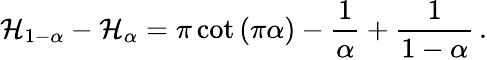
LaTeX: \mathcal{H}_{1-\alpha}-\mathcal{H}_{\alpha}=\pi\cot{(\pi\alpha)}-{\frac{{1}}{{\alpha}}}+{\frac{{1}}{{1-\alpha}}}\, .